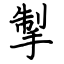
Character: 掣